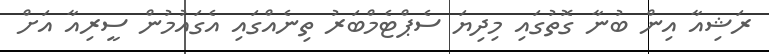
ރަޝިއާ އިން ބުނާ ގޮތުގައި މިދިޔަ ސެޕްޓެމްބަރު ތިނެއްގައި އެގައުމުން ސީރިއާ އަށް